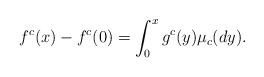
\begin{align*}f^c(x)-f^c(0)=\int_0^x g^c(y)\mu_c(dy). \end{align*}